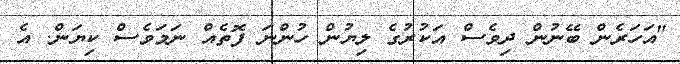
"އަހަރެން ބޭނުން ދިވެސް އަކުރުގެ ލިޔުން ހުންނަ ފޮތެއް ނަމަވެސް ކިޔަން. އެ